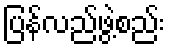
ပြန်လည်ဖွဲ့စည်း